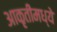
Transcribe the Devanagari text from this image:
आकृतीमध्ये